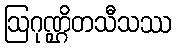
ဩဂုဏ္ဌိတသီသဿ